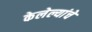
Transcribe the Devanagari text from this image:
केलेल्यांचे